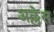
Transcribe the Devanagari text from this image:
अल्लेस